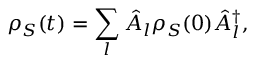
\rho _ { S } ( t ) = \sum _ { l } { \hat { A } } _ { l } \rho _ { S } ( 0 ) { \hat { A } } _ { l } ^ { \dagger } ,